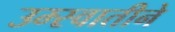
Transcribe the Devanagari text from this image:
उम्स्वातीने